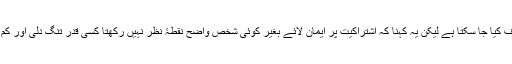
اس نظریے سے اختلاف کیا جا سکتا ہے لیکن یہ کہنا کہ اشتراکیت پر ایمان لائے بغیر کوئی شخص واضح نقطۂ نظر نہیں رکھتا کسی قدر تنگ دلی اور کم نظری ظاہر کرتا ہے۔